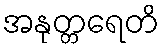
အနုတ္တရေတိ